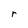
Character: r